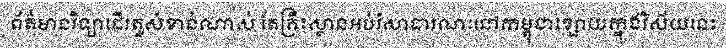
ព័ត៌មានវិទ្យាដើរតួសំខាន់ណាស់ តែគ្រឹះស្ថានអប់រំសាធារណៈនៅកម្ពុជាខ្សោយក្នុងវិស័យនេះ